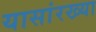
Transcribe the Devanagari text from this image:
यासांरख्या